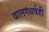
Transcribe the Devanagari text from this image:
बालगंधर्वही